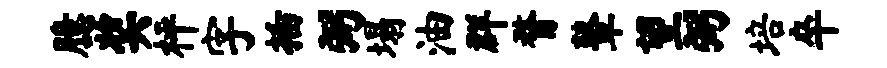
臆奖枰字插弼塌油群瞀鼙望弼培卒